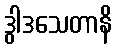
ဒွါဒသေတာနိ